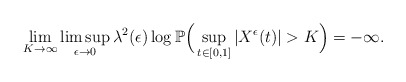
\begin{align*}\lim_{K\to\infty}\limsup_{\epsilon\to0}\lambda^2(\epsilon)\log\mathbb P\Big(\sup_{t\in[0,1]}|X^{\epsilon}(t)|>K\Big)=-\infty.\end{align*}